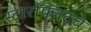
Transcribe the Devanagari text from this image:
स्टारफ्लिटचे